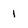
Character: 1